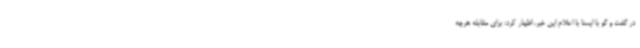
در گفت و گو با ایسنا با اعلام این خبر، اظهار کرد: برای مقابله هرچه